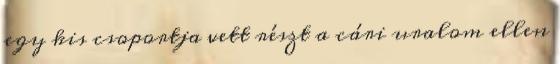
egy kis csoportja vett részt a cári uralom ellen